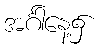
အင်္ဂါနေ့၌